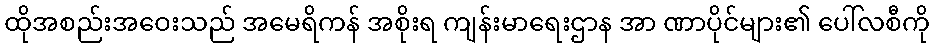
ထိုအစည်းအဝေးသည် အမေရိကန် အစိုးရ ကျန်းမာရေးဌာန အာ ဏာပိုင်များ၏ ပေါ်လစီကို